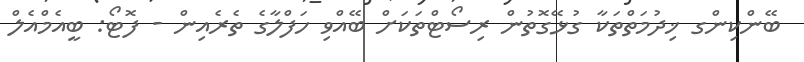
ބޭންކިންގ ޚިދުމަތްތަކާ ގުޅޭގޮތުން ރިސޯޓްތަކަށް ބޭއްވި ހަފްލާގެ ތެރެއިން - ފޮޓޯ: ބީއެމްއެލް